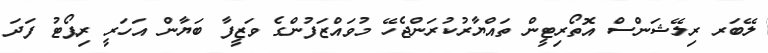
ލޭބަރ ރިލޭޝަންސް އޮތޯރިޓީން ތައްޔާރުކުރަންޖެހޭ މުވައްޒަފުންގެ ވަޒީފާ ބަޔާން އަހަރީ ރިޕޯޓު ފަދަ